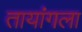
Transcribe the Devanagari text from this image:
तायांगला